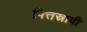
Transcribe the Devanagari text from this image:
पित्तस्रावी